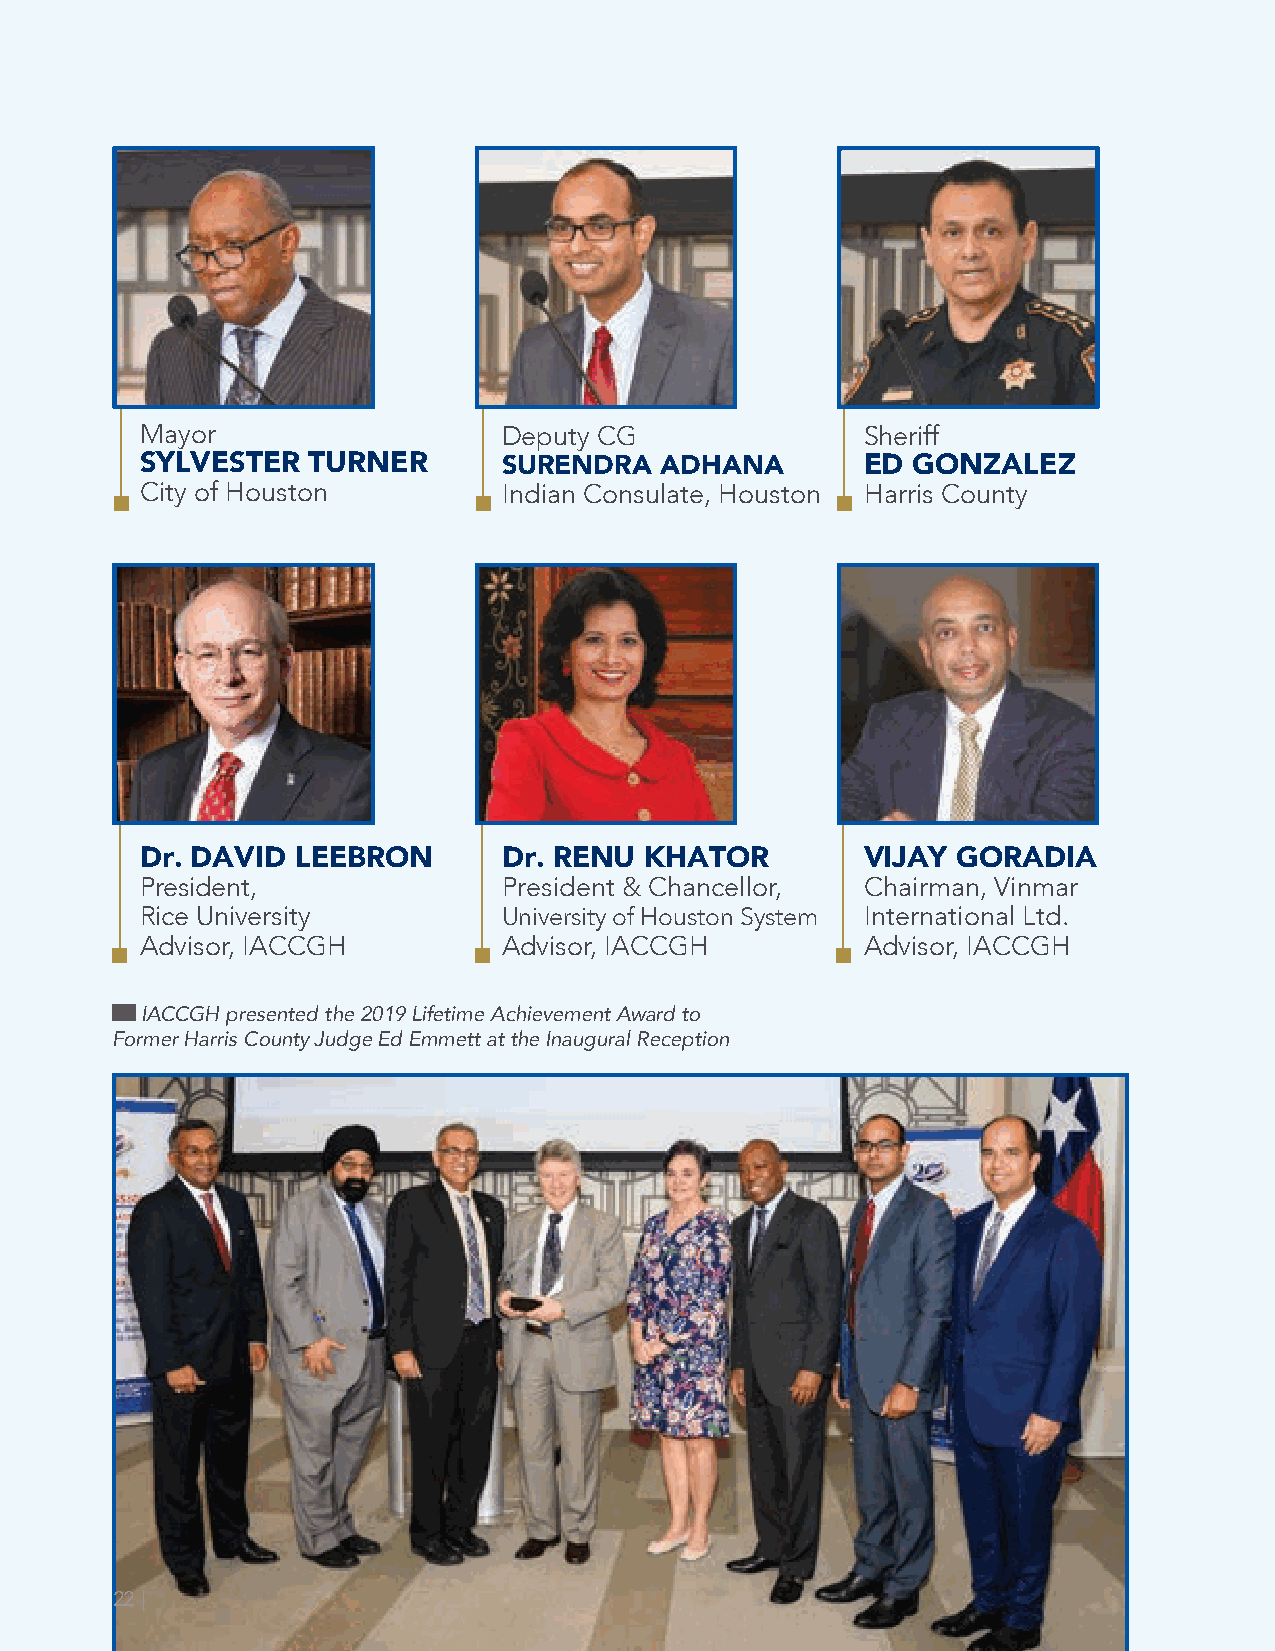
Mayor                   Deputy CG               Sheriff
 SYLVESTER  TURNER       SURENDRA   ADHANA       ED GONZALEZ
 City of Houston         Indian Consulate, Houston Harris County
 Dr. DAVID  LEEBRON      Dr. RENU  KHATOR        VIJAY GORADIA
 President,              President & Chancellor, Chairman, Vinmar
 Rice University         University of Houston System International Ltd.
 Advisor, IACCGH         Advisor, IACCGH         Advisor, IACCGH
 IACCGH presented the 2019 Lifetime Achievement Award to
 Former Harris County Judge Ed Emmett at the Inaugural Reception
 22 |